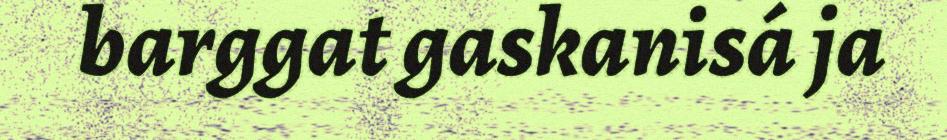
barggat gaskanisá ja